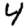
Digit: 4